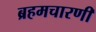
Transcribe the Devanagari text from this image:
ब्रहमचारणी